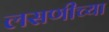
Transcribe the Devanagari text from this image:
लसणीच्या